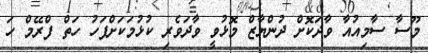
މޫސާ ސާމިއުއާ ވާދަކޮށް ދުންޔާޒް މޮޅުވީ ވާދަވެރި ކުޅުމަކަށްފަހު ހަތް ފްރޭމް ހަ